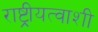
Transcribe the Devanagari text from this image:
राष्ट्रीयत्वाशी